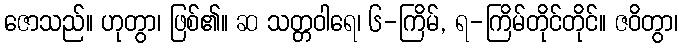
ဇောသည်။ ဟုတွာ၊ ဖြစ်၏။ ဆ သတ္တဝါရေ၊ ၆-ကြိမ်, ရ-ကြိမ်တိုင်တိုင်။ ဇဝိတွာ၊